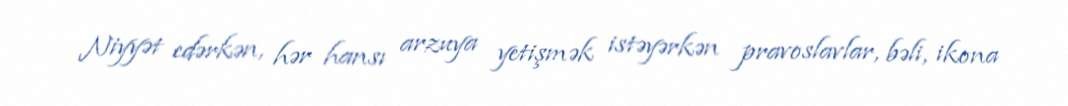
Niyyət edərkən, hər hansı arzuya yetişmək istəyərkən pravoslavlar, bəli, ikona